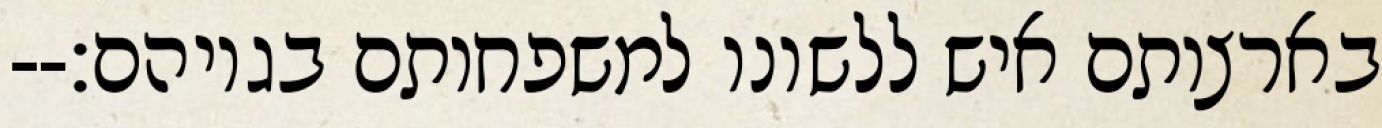
בארצותם איש ללשונו למשפחותם בגויהם׃--